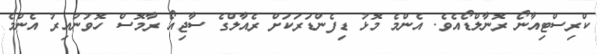
ކްރިސްޓިއާނޯ ރޮނާލްޑޯއެވެ. އެންމެ މޮޅު ޑިފެންޑަރަކަށް ރެއާލްގެ ސާޖިއޯ ރާމޮސް ހޮވުނުއިރު އެންމެ